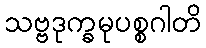
သဗ္ဗဒုက္ခမုပစ္စဂါတိ